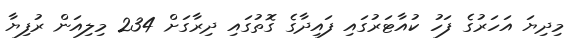
މިދިޔަ އަހަރުގެ ފަހު ކުއާޓަރުގައި ފައިދާގެ ގޮތުގައި ދިރާގަށް 234 މިލިއަން ރުފިޔާ